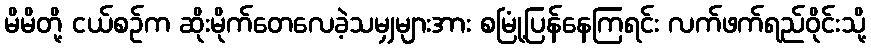
မိမိတို့ ငယ်စဉ်က ဆိုးမိုက်တေလေခဲ့သမျှများအား စမြုံ့ပြန်နေကြရင်း လက်ဖက်ရည်ဝိုင်းသို့